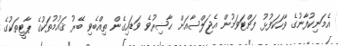
އެމަނިކުފާނުގެ ވާހަކަފުޅު ފަށްޓަވަމުން އެޖަލްސާއަށް ޙާޟިރުވެ ވަޑައިގެން ތިއްބެވި ބޭރު ޤައުމުތަކުގެ ޕާޓީތަކުގެ